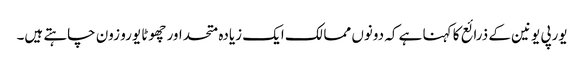
یورپی یونین کے ذرائع کا کہنا ہے کہ دونوں ممالک ایک زیادہ متحد اور چھوٹا یورو زون چاہتے ہیں۔